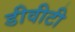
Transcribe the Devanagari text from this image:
डीवीटी